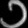
Digit: ၁